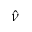
\hat { \nu }